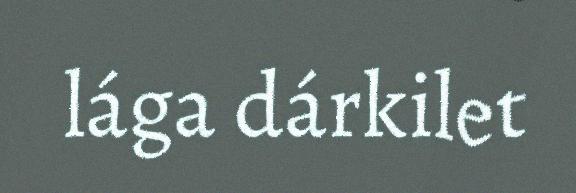
lága dárkilet